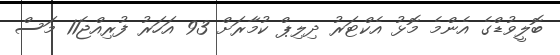
ބޮލީވުޑްގެ އެންމެ މޮޅު އެކްޓަރު ދިލިޕް ކުމާރަށް 93 އަހަރު ފުރިއްޖެ11 މަސް